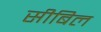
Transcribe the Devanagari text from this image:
सीबिल